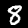
Label: 8